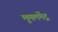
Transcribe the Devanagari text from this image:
मूमलमेंद्र